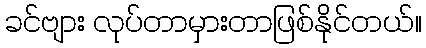
ခင်ဗျား လုပ်တာမှားတာဖြစ်နိုင်တယ်။